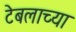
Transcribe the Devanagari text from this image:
टेबलाच्या